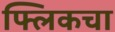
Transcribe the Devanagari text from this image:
फ्लिकचा